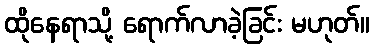
ထိုနေရာသို့ ရောက်လာခဲ့ခြင်း မဟုတ်။